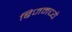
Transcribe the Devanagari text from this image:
ब्रिजमध्ये